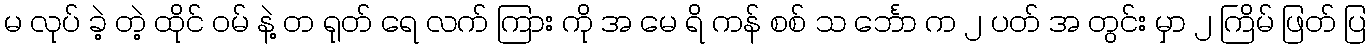
မ လုပ် ခဲ့ တဲ့ ထိုင် ဝမ် နဲ့ တ ရုတ် ရေ လက် ကြား ကို အ မေ ရိ ကန် စစ် သ င်္ဘော က ၂ ပတ် အ တွင်း မှာ ၂ ကြိမ် ဖြတ် ပြ